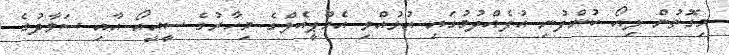
މިގޮތުން ލިއޯ ކުންފުނި އުފެއްދުމުގައި އުޅުއްވި އެމްޕީއެލްގެ މިހާރުގެ ސީއީއޯ އާއި ސަވާދުގެ